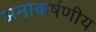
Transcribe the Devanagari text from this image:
अनाकर्षणीय